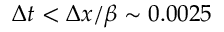
\Delta t < \Delta x / \beta \sim 0 . 0 0 2 5